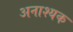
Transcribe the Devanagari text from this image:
अनाश्यक